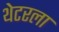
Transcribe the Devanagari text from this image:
थेटरला